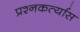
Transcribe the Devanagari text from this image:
प्रश्नकर्त्यास